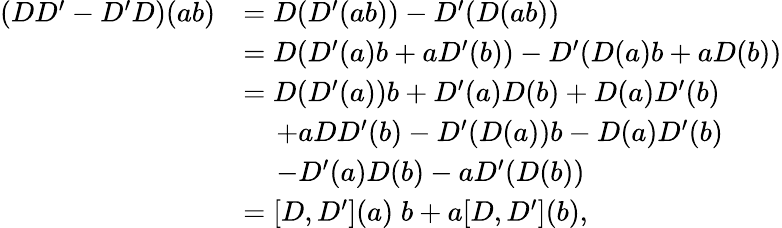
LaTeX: \begin{array}{rl}{(DD^{\prime}-D^{\prime}D)(ab)}&{=D(D^{\prime}(ab))-D^{\prime}(D(ab))}\\ &{=D(D^{\prime}(a)b+aD^{\prime}(b))-D^{\prime}(D(a)b+aD(b))}\\ &{=D(D^{\prime}(a))b+D^{\prime}(a)D(b)+D(a)D^{\prime}(b)}\\ &{\quad\, +aDD^{\prime}(b)-D^{\prime}(D(a))b-D(a)D^{\prime}(b)}\\ &{\quad\, -D^{\prime}(a)D(b)-aD^{\prime}(D(b))}\\ &{=[D,D^{\prime}](a)\; b+a[D,D^{\prime}](b),}\end{array}